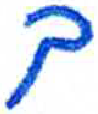
אות: ך